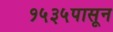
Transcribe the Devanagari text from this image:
१५३५पासून